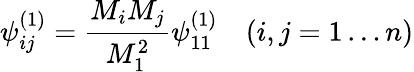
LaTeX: \psi_{ij}^{(1)}=\frac{M_{i}M_{j}}{M_{1}^{2}}\psi_{11}^{(1)}\quad(i,j=1\dots n)